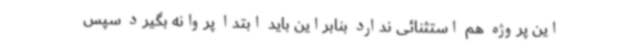
این پروژه هم استثنائی ندارد بنابراین باید ابتدا پروانه بگیرد سپس